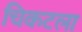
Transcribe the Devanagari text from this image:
चिकटला